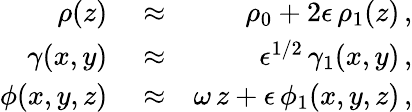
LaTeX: \begin{array}{rlr}{\rho(z)}&{{}\approx}&{\rho_{0}+2\epsilon\, \rho_{1}(z)\, ,}\\ {\gamma(x,y)}&{{}\approx}&{\epsilon^{1/2}\, \gamma_{1}(x,y)\, ,}\\ {\phi(x,y,z)}&{{}\approx}&{\omega\, z+\epsilon\, \phi_{1}(x,y,z)\, ,}\end{array}